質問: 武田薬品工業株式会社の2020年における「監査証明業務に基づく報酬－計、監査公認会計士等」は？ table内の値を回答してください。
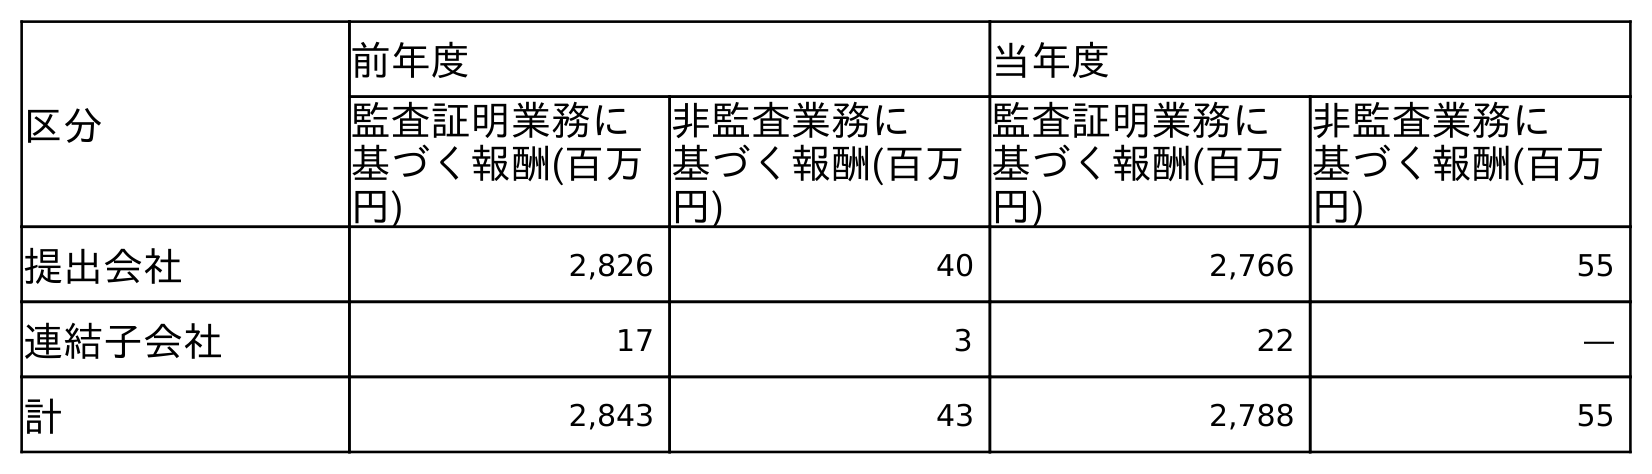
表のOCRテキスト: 区分 前年度 当年度 監査証明業務に 基づく報酬(百万 円) 非監査業務に 基づく報酬(百万 円) 監査証明業務に 基づく報酬(百万 円) 非監査業務に 基づく報酬(百万 円) 提出会社 2,826 40 2,766 55 連結子会社 17 3 22 ― 計 2,843 43 2,788 55
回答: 2,788